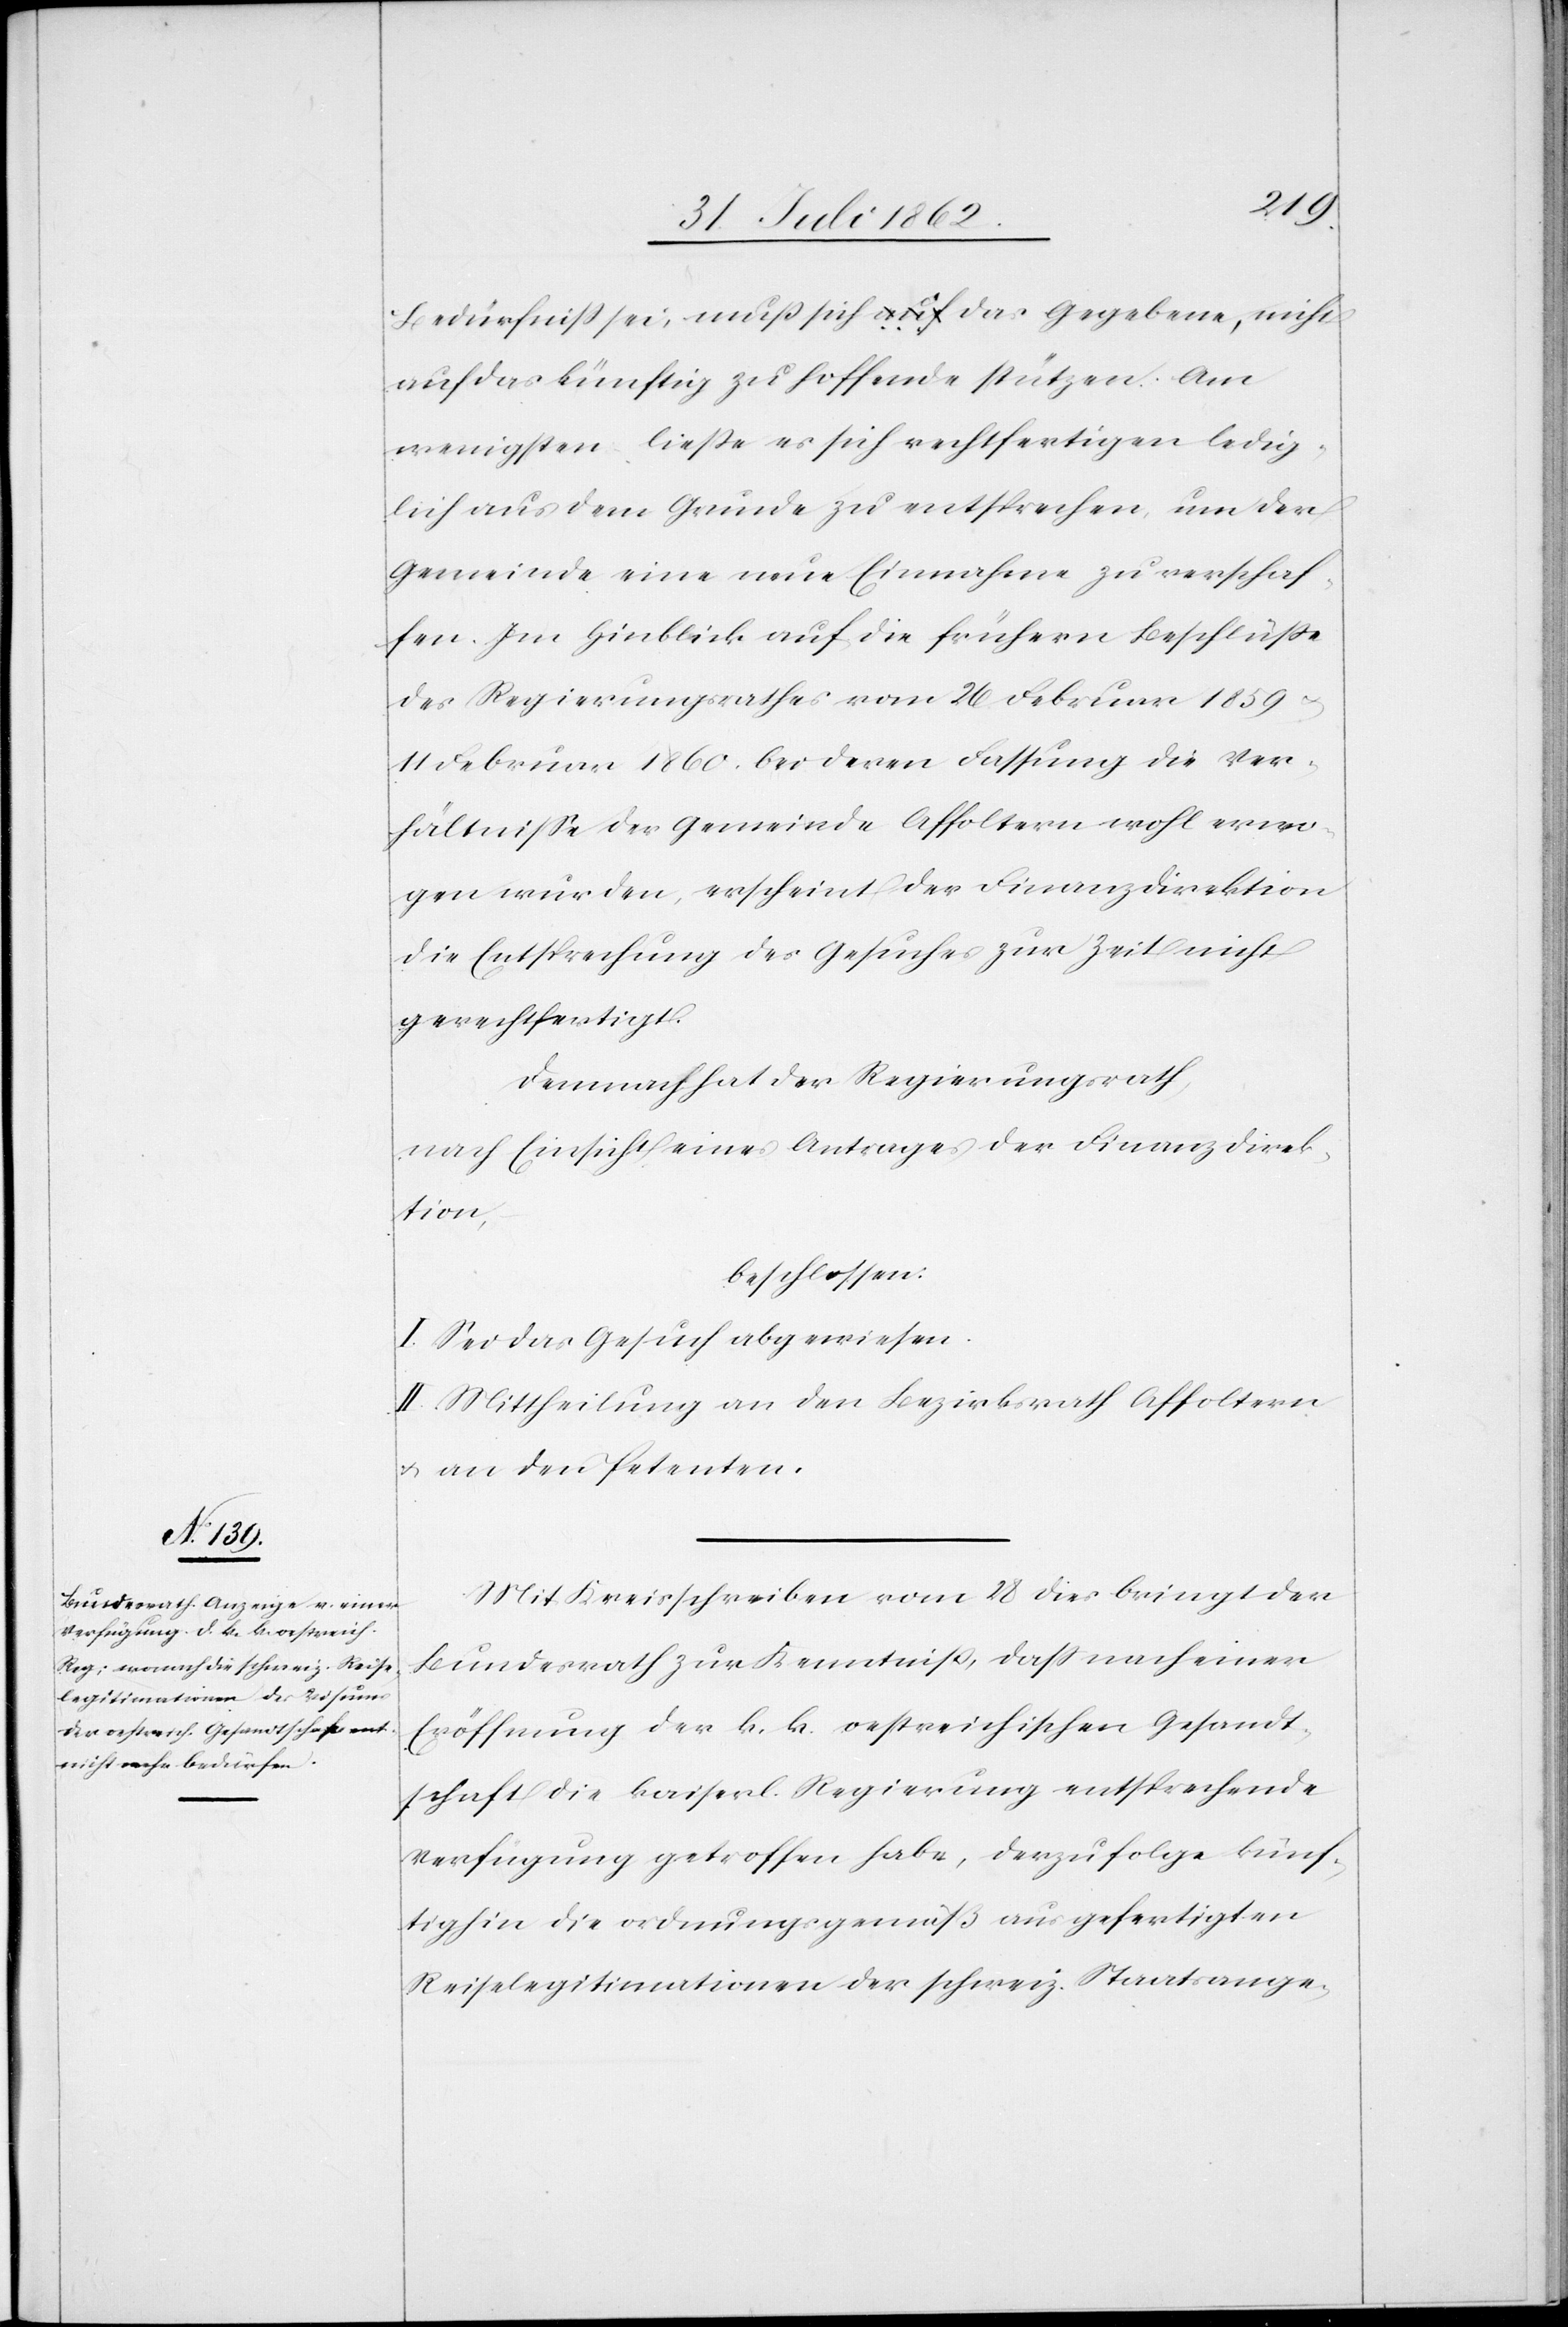
Bedürfniß sei, muß sich auf das Gegebene, nicht
auf das künftig zu hoffende stützen. Am
wenigstens ließe es sich rechtfertigen ledig¬
lich aus dem Grunde zu entsprechen, um der
Gemeinde eine neue Einnahme zu verschaf¬
fen. Im Hinblick auf die frühern Beschlüsse
des Regierungsrathes vom 26. Februar 1859 u.
11. Februar 1860 bei deren Fassung die Ver¬
hältnisse der Gemeinde Affoltern wohl erwo¬
gen wurden, erscheint der Finanzdirektion
die Entsprechung des Gesuches zur Zeit nicht
gerechtfertigt.
Demnach hat der Regierungsrath,
nach Einsicht eines Antrages der Finanzdirek¬
tion
beschlossen:
I. Sei das Gesuch abgewiesen.
II. Mittheilung an den Bezirksrath Affoltern
u. an den Petenten.
Mit Kreisschreiben vom 28. dies bringt der
Bundesrath zur Kenntniß, daß nach einer
Eröffnung der k. k. oestreichischen Gesandt¬
schaft die kaiserl. Regierung entsprechende
Verfügung getroffen habe, derzufolge künf¬
tighin die ordnungsgemäß ausgefertigten
Reiselegitimationen der schweiz. Staatsange-